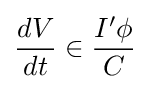
{\frac {dV}{dt}}{\boldsymbol {}}\in {\frac {I'\phi }{C}}